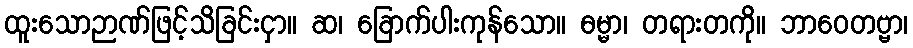
ထူးသောဉာဏ်ဖြင့်သိခြင်းငှာ။ ဆ၊ ခြောက်ပါးကုန်သော။ ဓမ္မာ၊ တရားတကို။ ဘာဝေတဗ္ဗာ၊